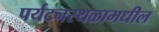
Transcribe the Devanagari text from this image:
पर्यटनस्थळामधील